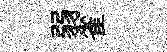
弱雀